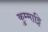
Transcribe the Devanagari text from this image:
कुम्माट्टि